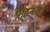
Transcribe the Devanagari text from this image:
गिडनबर्ग